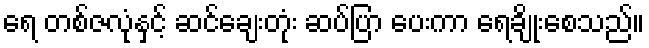
ရေ တစ်ဇလုံနှင့် ဆင်ချေးတုံး ဆပ်ပြာ ပေးကာ ရေချိုးစေသည်။